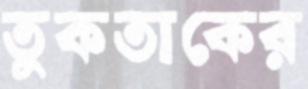
তুকতাকের